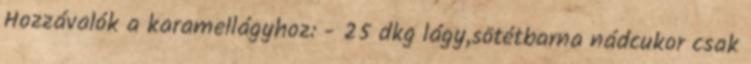
Hozzávalók a karamellágyhoz: - 25 dkg lágy,sötétbarna nádcukor csak